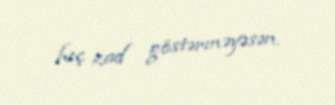
heç zad göstərməyəsən.